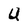
Character: U